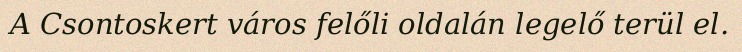
A Csontoskert város felőli oldalán legelő terül el.